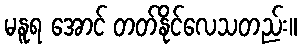
မနူရ အောင် တတ်နိုင်လေသတည်း။